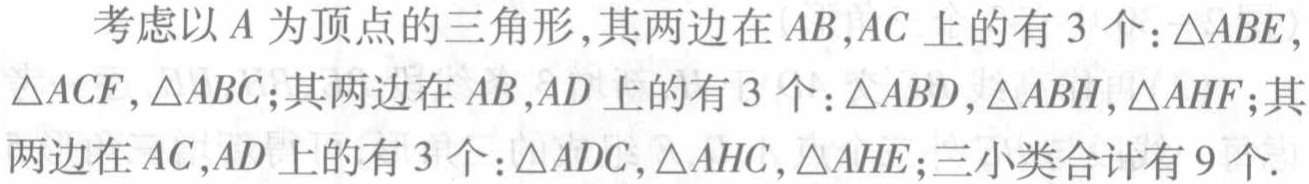
考虑以\(A\)为顶点的三角形,其两边在\(AB,AC\)上的有\(3\)个：\(\triangle ABE,\triangle ACF,\triangle ABC\);其两边在\(AB,AD\)上的有\(3\)个：\(\triangle ABD,\triangle ABH,\triangle AHF\);其两边在\(AC,AD\)上的有\(3\)个：\(\triangle ADC,\triangle AHC,\triangle AHE\);三小类合计有\(9\)个.